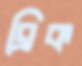
ব্রিক